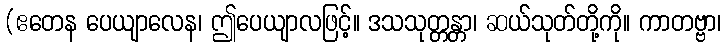
(ဧတေန ပေယျာလေန၊ ဤပေယျာလဖြင့်။ ဒသသုတ္တန္တာ၊ ဆယ်သုတ်တို့ကို။ ကာတဗ္ဗာ၊